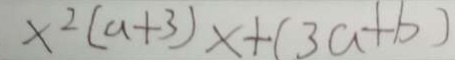
x ^ { 2 } ( a + 3 ) x + ( 3 a + b )